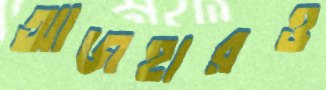
আজহারও